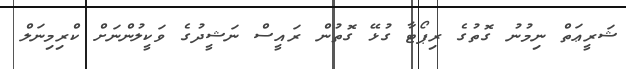
ޝަރީޢަތް ނިމުނު ގޮތުގެ ރިޕޯޓާ ގުޅޭ ގޮތުން ރައީސް ނަޝީދުގެ ވަކީލުންނަށް ކްރިމިނަލް